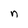
Character: n